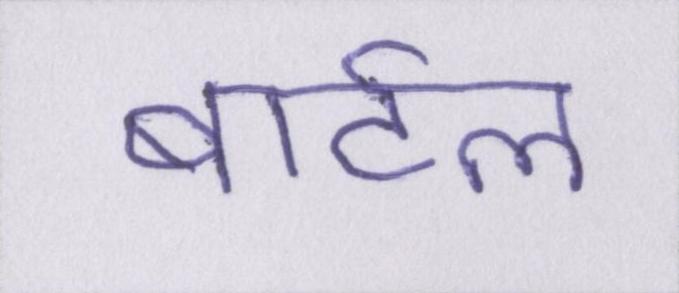
बार्टल